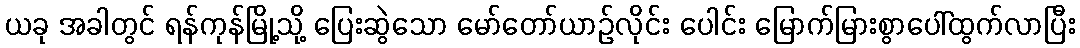
ယခု အခါတွင် ရန်ကုန်မြို့သို့ ပြေးဆွဲသော မော်တော်ယာဉ်လိုင်း ပေါင်း မြောက်မြားစွာပေါ်ထွက်လာပြီး